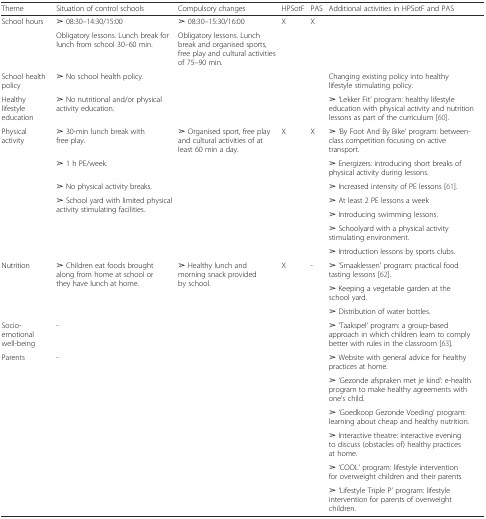
<table><thead><tr><td><b>Theme</b></td><td><b>Situation of control schools</b></td><td><b>Compulsory changes</b></td><td><b>HPSotF</b></td><td><b>PAS</b></td><td><b>Additional activities in HPSotF and PAS</b></td></tr></thead><tbody><tr><td>School hours</td><td>➢ 08:30–14:30/15:00</td><td>➢ 08:30–15:30/16:00</td><td>X</td><td>X</td><td></td></tr><tr><td></td><td>Obligatory lessons. Lunch break for lunch from school 30–60 min.</td><td>Obligatory lessons. Lunch break and organised sports, free play and cultural activities of 75–90 min.</td><td></td><td></td><td></td></tr><tr><td>School health policy</td><td>➢ No school health policy.</td><td></td><td></td><td></td><td>Changing existing policy into healthy lifestyle stimulating policy.</td></tr><tr><td>Healthy lifestyle education</td><td>➢ No nutritional and/or physical activity education.</td><td></td><td></td><td></td><td>➢ ‘Lekker Fit’ program: healthy lifestyle education with physical activity and nutrition lessons as part of the curriculum [60].</td></tr><tr><td>Physical activity</td><td>➢ 30-min lunch break with free play.</td><td>➢ Organised sport, free play and cultural activities of at least 60 min a day.</td><td>X</td><td>X</td><td>➢ ‘By Foot And By Bike’ program: between-class competition focusing on active transport.</td></tr><tr><td></td><td>➢ 1 h PE/week.</td><td></td><td></td><td></td><td>➢ Energizers: introducing short breaks of physical activity during lessons.</td></tr><tr><td></td><td>➢ No physical activity breaks.</td><td></td><td></td><td></td><td>➢ Increased intensity of PE lessons [61].</td></tr><tr><td rowspan="4"></td><td rowspan="4">➢ School yard with limited physical activity stimulating facilities.</td><td rowspan="4"></td><td rowspan="4"></td><td rowspan="4"></td><td>➢ At least 2 PE lessons a week</td></tr><tr><td>➢ Introducing swimming lessons.</td></tr><tr><td>➢ Schoolyard with a physical activity stimulating environment.</td></tr><tr><td>➢ Introduction lessons by sports clubs.</td></tr><tr><td rowspan="3">Nutrition</td><td rowspan="3">➢ Children eat foods brought along from home at school or they have lunch at home.</td><td rowspan="3">➢ Healthy lunch and morning snack provided by school.</td><td rowspan="3">X</td><td rowspan="3">-</td><td>➢ ‘Smaaklessen’ program: practical food tasting lessons [62].</td></tr><tr><td>➢ Keeping a vegetable garden at the school yard.</td></tr><tr><td>➢ Distribution of water bottles.</td></tr><tr><td>Socio-emotional well-being</td><td>-</td><td></td><td></td><td></td><td>➢ ‘Taakspel’ program: a group-based approach in which children learn to comply better with rules in the classroom [63].</td></tr><tr><td rowspan="6">Parents</td><td rowspan="6">-</td><td rowspan="6"></td><td rowspan="6"></td><td rowspan="6"></td><td>➢ Website with general advice for healthy practices at home.</td></tr><tr><td>➢ ‘Gezonde afspraken met je kind’: e-health program to make healthy agreements with one’s child.</td></tr><tr><td>➢ ‘Goedkoop Gezonde Voeding’ program: learning about cheap and healthy nutrition.</td></tr><tr><td>➢ Interactive theatre: interactive evening to discuss (obstacles of) healthy practices at home.</td></tr><tr><td>➢ ‘COOL’ program: lifestyle intervention for overweight children and their parents</td></tr><tr><td>➢ ‘Lifestyle Triple P’ program: lifestyle intervention for parents of overweight children.</td></tr></tbody></table>